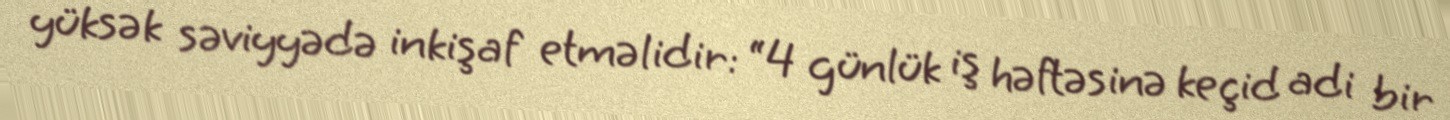
yüksək səviyyədə inkişaf etməlidir: “4 günlük iş həftəsinə keçid adi bir